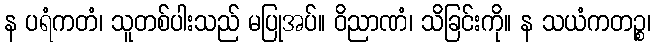
န ပရံကတံ၊ သူတစ်ပါးသည် မပြုအပ်။ ဝိညာဏံ၊ သိခြင်းကို။ န သယံကတဉ္စ၊